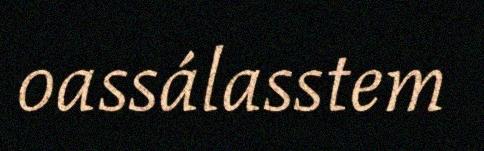
oassálasstem